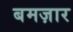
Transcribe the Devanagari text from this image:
बमज़ार